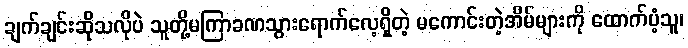
ချက်ချင်းဆိုသလိုပဲ သူတို့မကြာခဏသွားရောက်လေ့ရှိတဲ့ မကောင်းတဲ့အိမ်များကို ထောက်ပံ့သူ၊